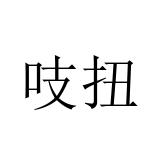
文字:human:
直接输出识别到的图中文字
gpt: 吱扭